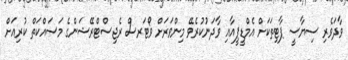
ވާދަވެރި ސިޔާސީ ޕާޓިތަކަށް އެމްޑީޕީއާއި ވާދަނުުކުރެވޭ މިންވަރަށް ވޯޓަރސް ރެޖިސްޓްރޭޝަންގެ މަސައްކަތް ކުރިއަށް